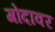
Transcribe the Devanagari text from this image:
गोदावर